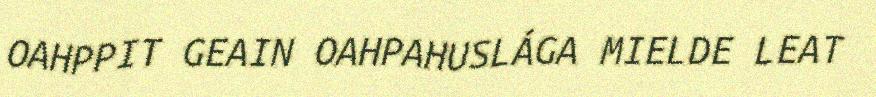
OAHPPIT GEAIN OAHPAHUSLÁGA MIELDE LEAT